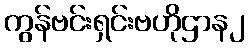
ကွန်ဗင်းရှင်းဗဟိုဌာန၂